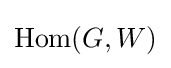
{\text{Hom}}(G,W)